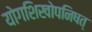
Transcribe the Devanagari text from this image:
योगशिखोपनिषत्‌